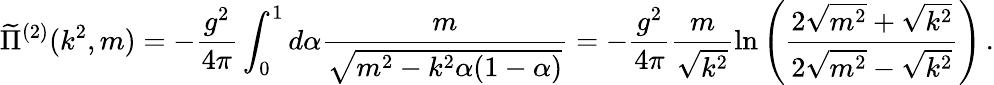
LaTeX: \widetilde{\Pi}^{(2)}(k^{2},m)=-\frac{g^{2}}{4\pi}\int_{0}^{1}d\alpha\frac{m}{\sqrt{m^{2}-k^{2}\alpha(1-\alpha)}}=-\frac{g^{2}}{4\pi}\frac{m}{\sqrt{k^{2}}}\ln{\left(\frac{2\sqrt{m^{2}}+\sqrt{k^{2}}}{2\sqrt{m^{2}}-\sqrt{k^{2}}}\right)}\, .